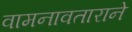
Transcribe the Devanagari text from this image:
वामनावताराने